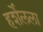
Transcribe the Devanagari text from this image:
हर्शेलला